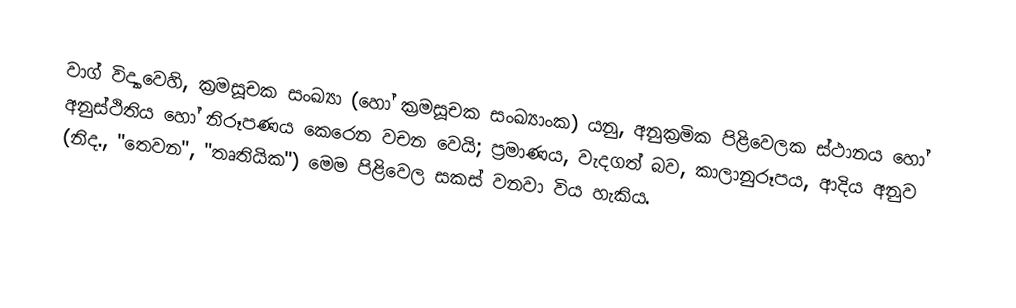
වාග් විද්‍යාවෙහි, ක්‍රමසූචක සංඛ්‍යා (හෝ ක්‍රමසූචක සංඛ්‍යාංක) යනු, අනුක්‍රමික පිළිවෙලක ස්ථානය හෝ අනුස්ථිතිය හෝ නිරූපණය කෙරෙන වචන වෙයි; ප්‍රමාණය, වැදගත් බව, කාලානුරූපය, ආදිය අනුව (නිද., "‌තෙවන", "තෘතියික") මෙම පිළිවෙල සකස් වනවා විය හැකිය.